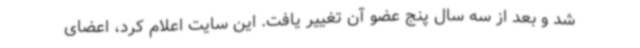
شد و بعد از سه سال پنج عضو آن تغییر یافت. این سایت اعلام کرد، اعضای